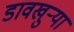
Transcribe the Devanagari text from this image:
डावखुऱ्या